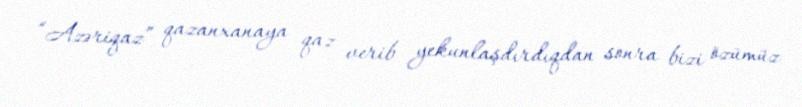
“Azəriqaz” qazanxanaya qaz verib yekunlaşdırdıqdan sonra bizi özümüz